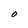
Character: O